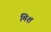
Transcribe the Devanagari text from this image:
मिश